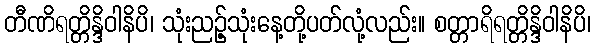
တီဏိရတ္တိန္ဒိဝါနိပိ၊ သုံးညဉ့်သုံးနေ့တို့ပတ်လုံ့လည်း။ စတ္တာရိရတ္တိန္ဒိဝါနိပိ၊